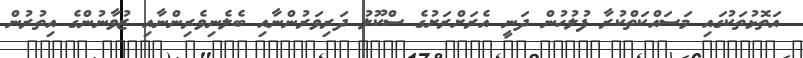
އަތޮޅުތަކުގައި މަސައްކަތްކުރާ ފުލުހުން ދަނީ އެރަށްރަށުގެ ސްކޫލު ދަރިވަރުންނާއި ބެލެނިވެރިންނާއި ޒުވާނުންގެ އިތުރުން